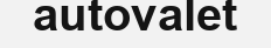
autovalet